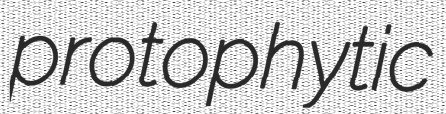
protophytic